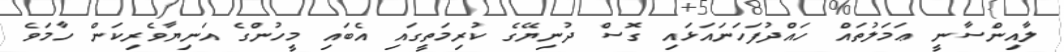
ލާއިންސާނީ ޢަމަލުތައް ހައްދުފަހަނައަޅައި ގޮސް ދުނިޔޭގެ ކުރިމަތީގައި އެބައި މީހުންގެ އަނިޔާވެރިކަން ހާމަވެ